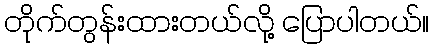
တိုက်တွန်းထားတယ်လို့ ပြောပါတယ်။